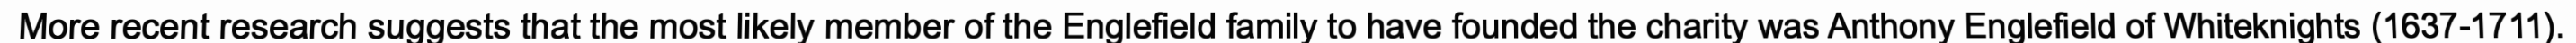
More recent research suggests that the most likely member of the Englefield family to have founded the charity was Anthony Englefield of Whiteknights (1637-1711).